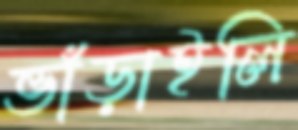
ভাঁড়াইলি